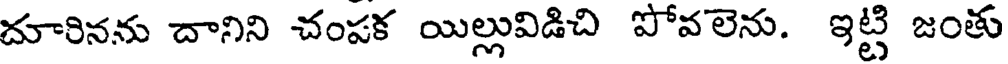
దూరినను దానిని చంపక యిల్లువిడిచి పోవలెను. ఇట్టి జంతు